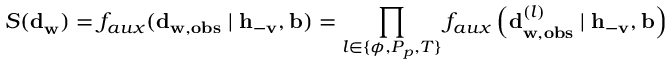
{ S ( \mathbf { d } } _ { \mathbf { w } } ) = f _ { a u x } ( \mathbf { d } _ { \mathbf { w } , \mathbf { o b s } } \mid \mathbf { h } _ { - \mathbf { v } } , \mathbf { b } ) = \prod _ { l \in \{ \phi , P _ { p } , T \} } { f _ { a u x } \left( \mathbf { d } _ { \mathbf { w } , \mathbf { o b s } } ^ { ( l ) } \mid \mathbf { h } _ { - \mathbf { v } } , \mathbf { b } \right) }